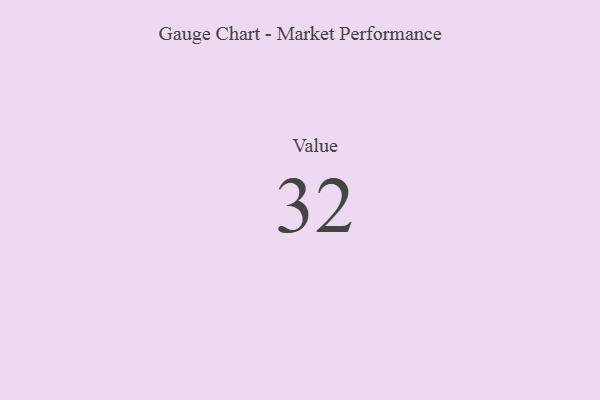
{"axis": {"x": "Metric", "y": "Value"}, "legend": [""], "data": [{"x": "Value", "y": 32, "type": ""}]}